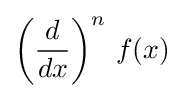
\left({\frac {d}{dx}}\right)^{n}\,f(x)